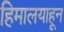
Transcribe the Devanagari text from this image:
हिमालयाहून